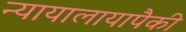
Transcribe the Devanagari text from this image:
न्यायालायापैकी